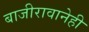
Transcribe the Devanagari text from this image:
बाजीरावानेही